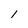
Character: l